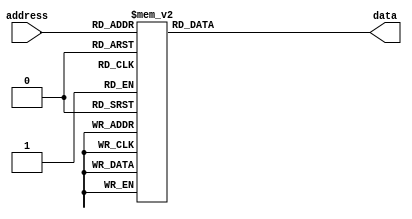
module mask_programmed_rom(
    input [2:0] address,
    output reg [7:0] data
    );
    
    always @*
    begin
        case(address)
            3'd0: data = 8'b00000000; // data stored in memory block 0
            3'd1: data = 8'b11110000; // data stored in memory block 1
            3'd2: data = 8'b00001111; // data stored in memory block 2
            3'd3: data = 8'b11001100; // data stored in memory block 3
            3'd4: data = 8'b01010101; // data stored in memory block 4
            3'd5: data = 8'b10101010; // data stored in memory block 5
            3'd6: data = 8'b11111111; // data stored in memory block 6
            3'd7: data = 8'b00000001; // data stored in memory block 7
            default: data = 8'b00000000;
        endcase
    end
endmodule